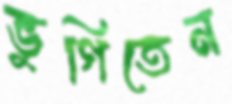
ভুগিতেন